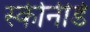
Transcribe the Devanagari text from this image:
स्कीनीर्ड